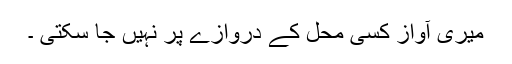
میری آواز کسی محل کے دروازے پر نہیں جا سکتی ۔